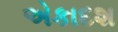
એકાદશ